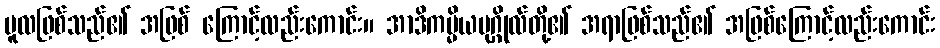
မူလဖြစ်သည်၏ အဖြစ် ကြောင့်လည်းကောင်း။ အာဒိကမ္မိယပုဂ္ဂိုလ်တို့၏ အရာဖြစ်သည်၏ အဖြစ်ကြောင့်လည်းကောင်း